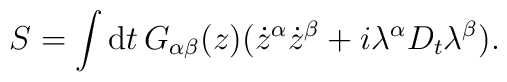
S=\int {\rm d}t\,G_{\alpha\beta }(z)(\dot z^\alpha \dot z^\beta+i\lambda ^\alpha D_t \lambda ^\beta).